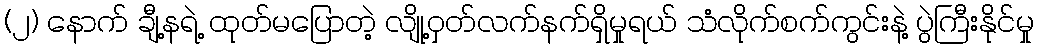
(၂) နောက် ချီ့နရဲ့ ထုတ်မပြောတဲ့ လျို့ဝှတ်လက်နက်ရှိမှုရယ် သံလိုက်စက်ကွင်းနဲ့ ပွဲကြီးနိုင်မှု